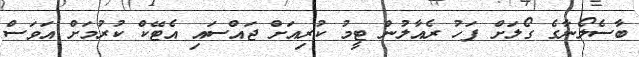
ބާސެލޯނާގެ ގޯލަށް ފަހު ރެއާލުން ޓީމު ކުރިއަށް ޖައްސައި އެޓޭކް ކުރުމަށް އަވަސް